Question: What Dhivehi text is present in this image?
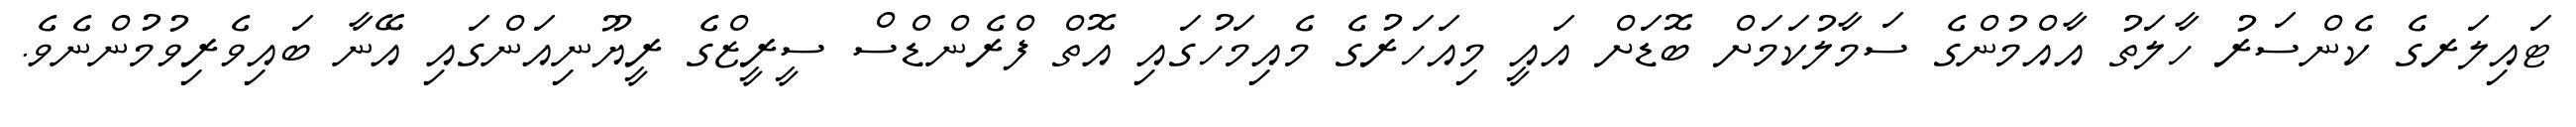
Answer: ޓައިލަރގެ ކެންސަރު ހާލަތު އާއްމުންގެ ސަމާލުކަމަށް ބޮޑަށް އައީ މިއަހަރުގެ މެއިމަހުގައި އޮތް ފްރެންޑްސް ސީރީޒްގެ ރީޔޫނިއަންގައި އޭނާ ބައިވެރިވުމުންނެވެ.